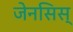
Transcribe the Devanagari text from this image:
जेनसिस्